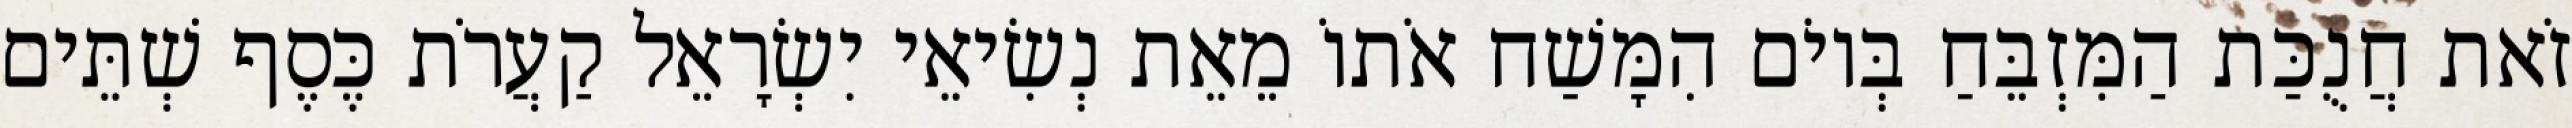
זֹאת חֲנֻכַּת הַמִּזְבֵּחַ בְּיוֹם הִמָּשַׁח אֹתוֹ מֵאֵת נְשִׂיאֵי יִשְׂרָאֵל קַעֲרֹת כֶּסֶף שְׁתֵּים